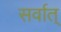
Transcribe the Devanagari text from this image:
सर्वात्